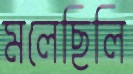
মলেছিলি